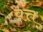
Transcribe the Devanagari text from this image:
वत्त